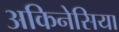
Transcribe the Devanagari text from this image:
अकिनेसिया